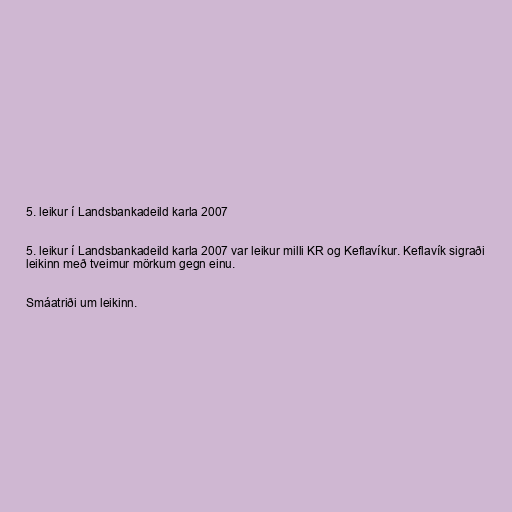
5. leikur í Landsbankadeild karla 2007

5. leikur í Landsbankadeild karla 2007 var leikur milli KR og Keflavíkur. Keflavík sigraði
leikinn með tveimur mörkum gegn einu.

Smáatriði um leikinn.